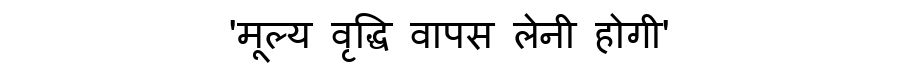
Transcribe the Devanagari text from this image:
'मूल्य वृद्धि वापस लेनी होगी'